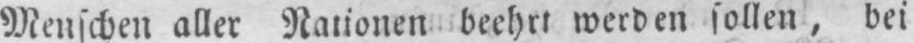
Menschen aller Nationen beehrt werden sollen, bei